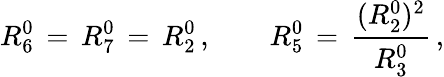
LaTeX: R_{6}^{0}\, =\, R_{7}^{0}\, =\, R_{2}^{0}\, ,\qquad R_{5}^{0}\, =\, \frac{(R_{2}^{0})^{2}}{R_{3}^{0}}\, ,